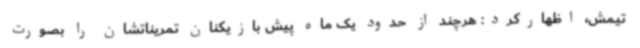
تیمش، اظهارکرد: هرچند از حدود یک ماه پیش بازیکنان تمریناتشان را بصورت